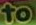
to